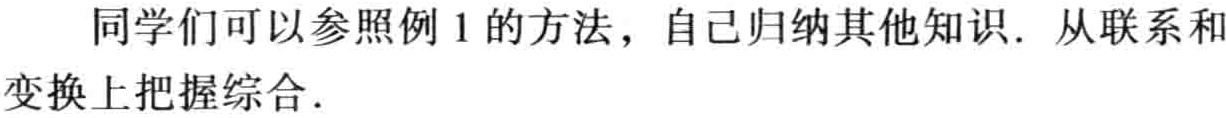
同学们可以参照例 1 的方法，自己归纳其他知识. 从联系和变换上把握综合.